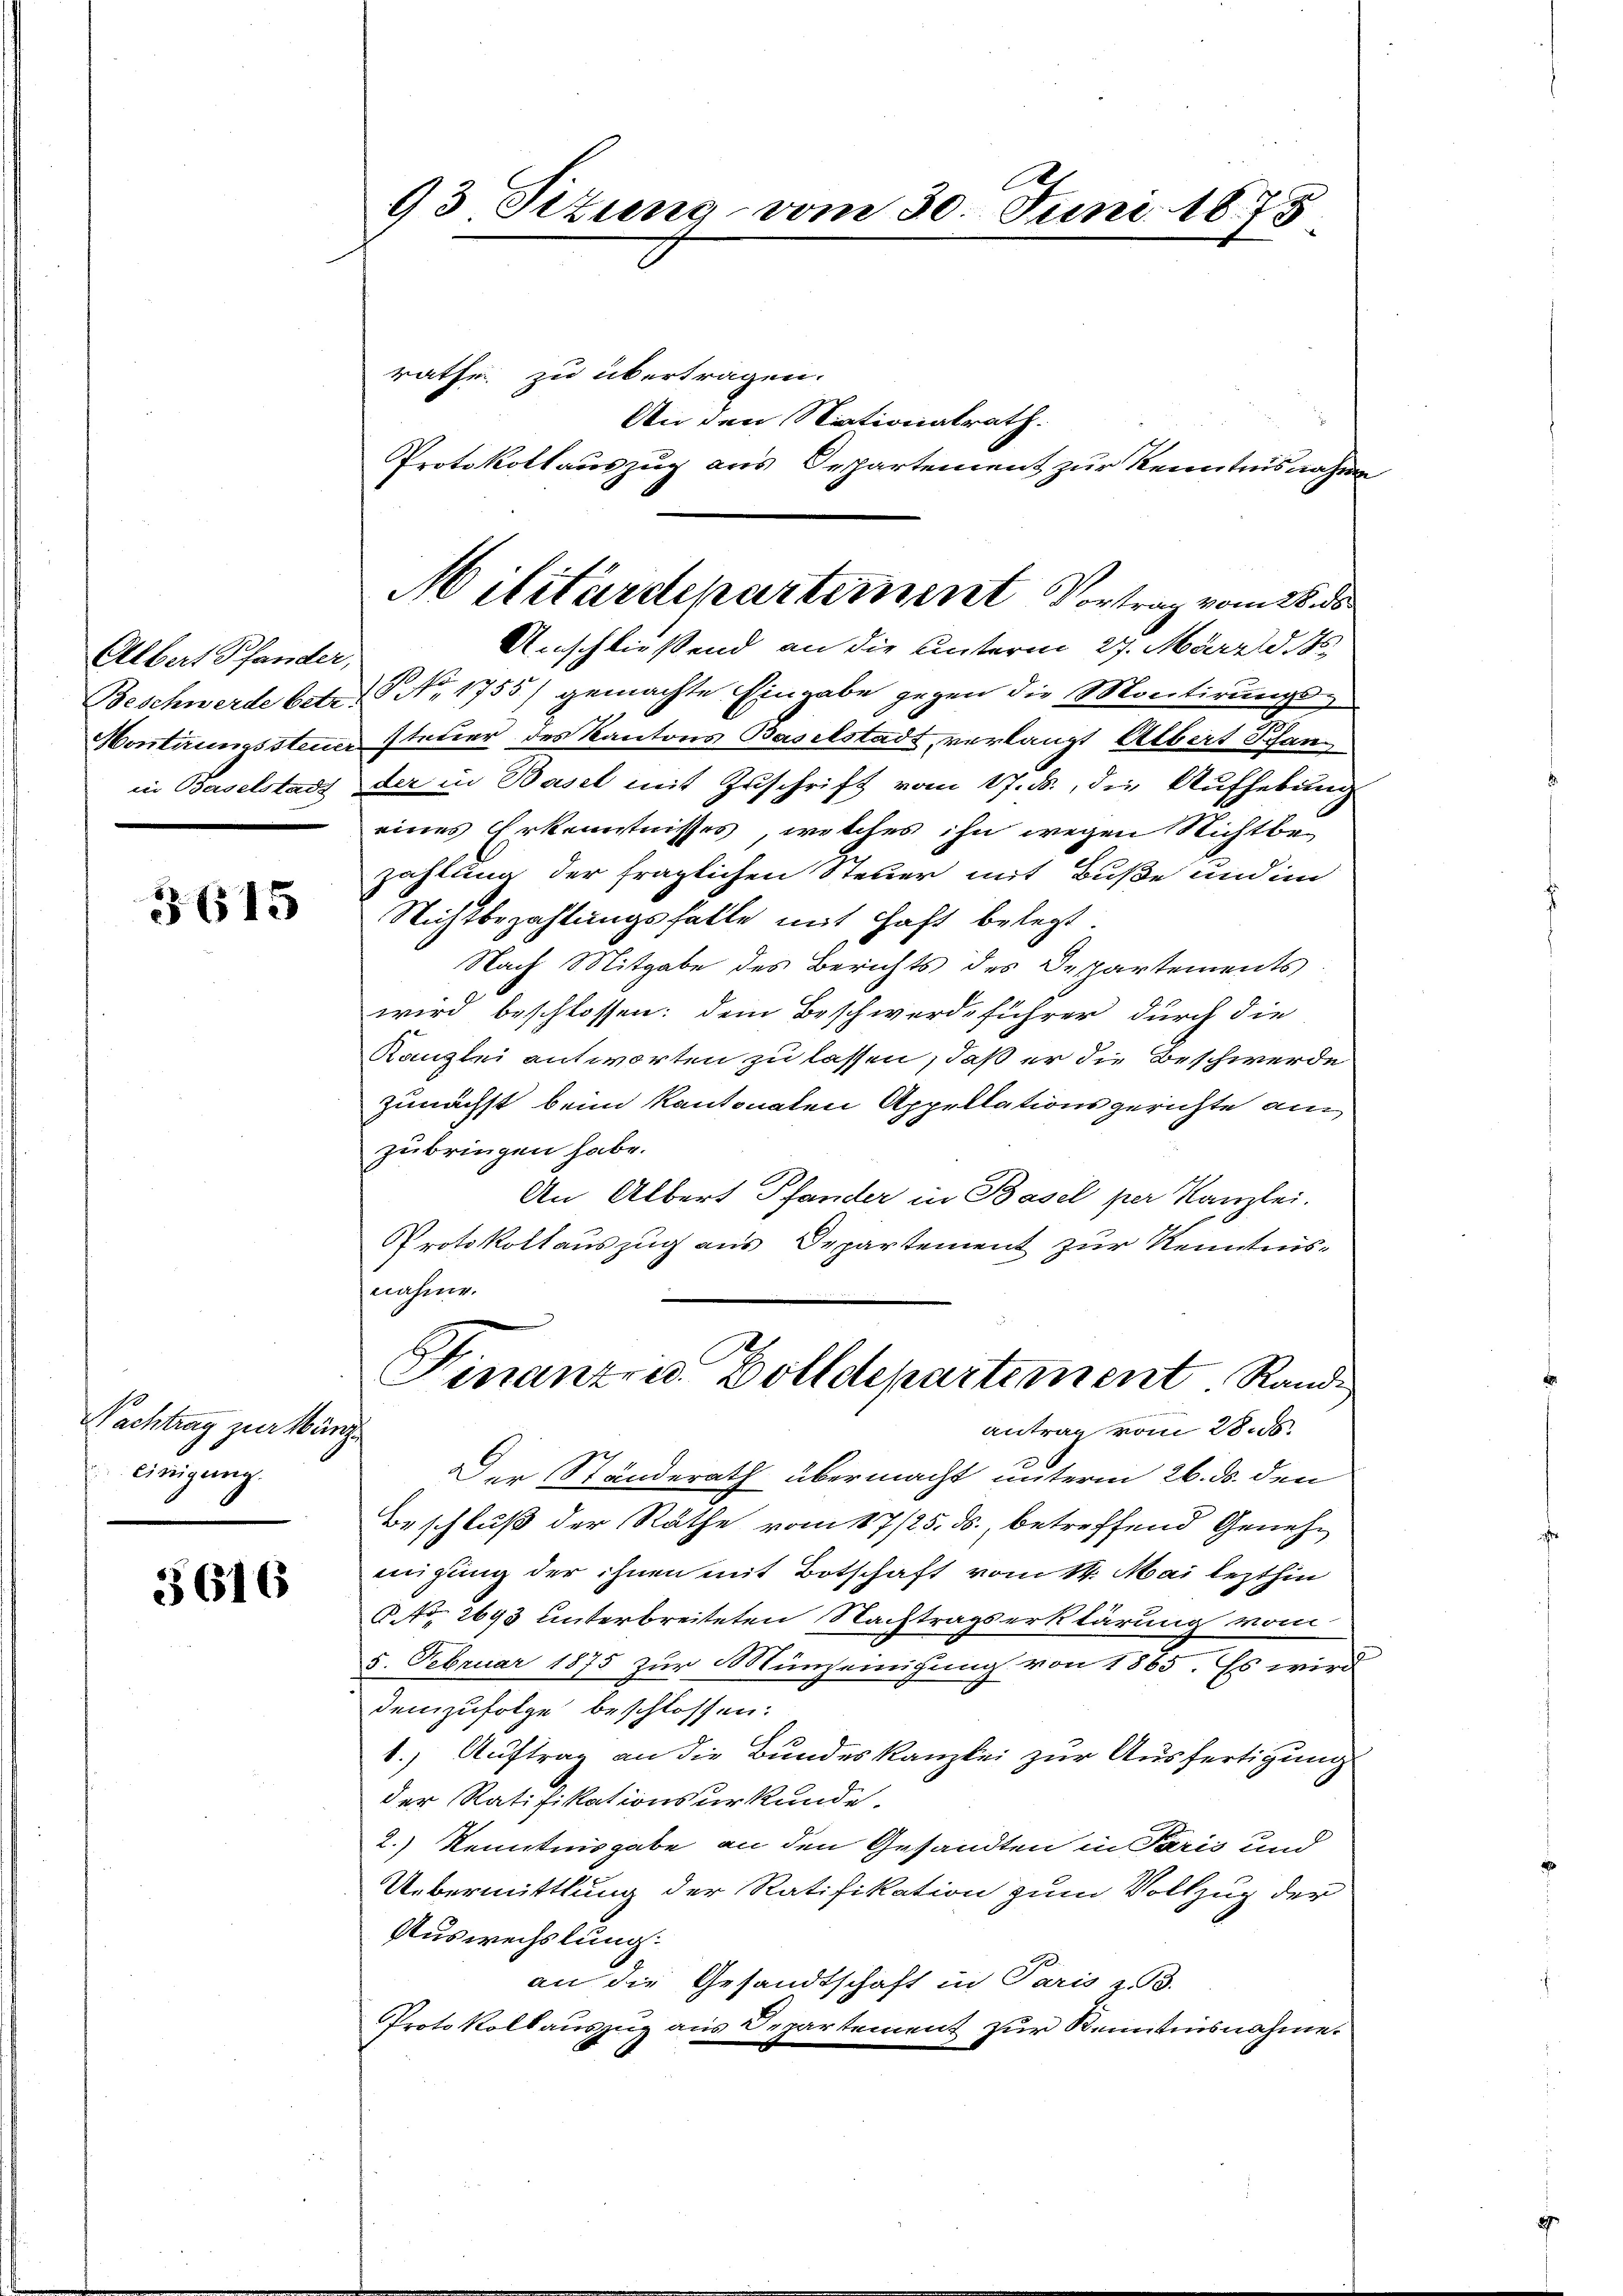
Allen ander

3615

Nachtrag zur März
einigung.

3616

93 Sitzung vom 30. Juni 1875

rathe zu übertragen.
An den Nationalrath.
Protokollauszug aus Departement zur Kenntnisnahme
Anschließend an die unterm 27. März d. 146.
Beschwerde betr. P. Nr. 1755/ gemachte Eingabe gegen die Montirungs¬
Hontirungssteuer steuer des Kantons Baselstadt, verlangt Albert Pfan
in Baselstadt der in Basel mit Zuschrift vom 17. ds., die Aufhebung
eines Erkenntnisses, welches ihn wegen Nichtbezahlung der fraglichen Steuer mit Buße und im
Nichtbezahlungsfalle mit Haft belegt.
Nach Mitgabe des Berichts des Despartements
wird beschlossen: dem Beschwerdeführer durch die
Kanzlei antworten zu lassen, daß er die Beschwerde
zunächst beim Kantonaten Appellationsgerichte am
zubringen habe.
An Albert Pfander in Basel per Kanzlei.
Protokollauszug aus Departement zur Kenntnisnahme.
Finanzra Bolldepartement. Randantrag vom 28.6.
Der Ständerath übermacht unterm 26. ds. den
Beschluß der Räthe vom 17/25. ds., betreffend Genehmigung der ihnen mit Botschaft vom 14. Mai lezthin
No. 2693 unterbreiteten Nachtragserklärung vom
5. Februar 1875 zur Münzeinigung von 1865. Es wird
Demzufolge beschlossen:
1.) Auftrag an die Bundeskanzlei zur Ausfertigung
der Ratifikationsurkunde.
2.) Kenntnisgabe an den Gesandten in Paris und
Uebermittlung der Ratifikation zum Vollzug der
Auswechslung.
an die Gesandtschaft in Paris z. B.
Protokollauszug aus Departement zur Kenntnisnahme.

Militärdepartement Vortrag vom 28. ds.